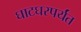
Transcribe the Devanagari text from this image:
घाटघरपर्यंत